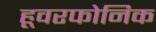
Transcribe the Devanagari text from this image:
हूवरफोनिक